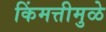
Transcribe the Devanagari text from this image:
किंमत्तीमुळे